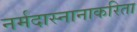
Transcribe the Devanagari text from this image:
नर्मदास्नानाकरिता